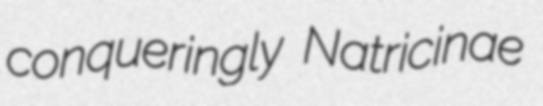
conqueringly Natricinae